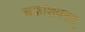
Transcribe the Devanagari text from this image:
चक्रांशवतद्